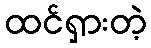
ထင်ရှားတဲ့